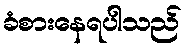
ခံစားနေရပါသည်